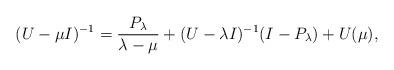
LaTeX: \begin{align*}(U-\mu I)^{-1}=\frac{P_{\lambda}}{\lambda-\mu}+(U-\lambda I)^{-1}(I-P_\lambda)+U(\mu),\end{align*}